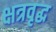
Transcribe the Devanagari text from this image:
क्षत्रवृद्ध